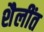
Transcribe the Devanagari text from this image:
शैलींत